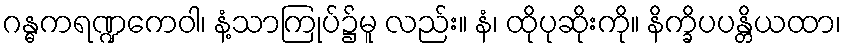
ဂန္ဓကရဏ္ဍကေဝါ၊ နံ့သာကြုပ်၌မူ လည်း။ နံ၊ ထိုပုဆိုးကို။ နိက္ခိပပန္တိယထာ၊